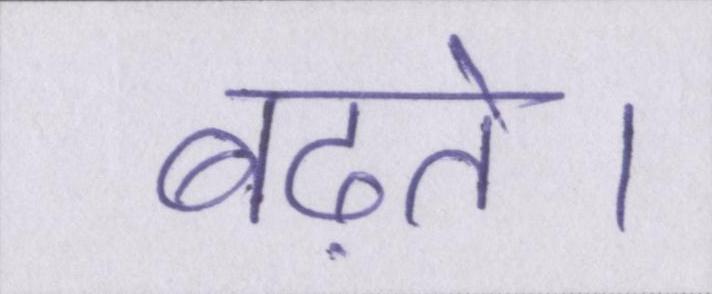
बढ़ते।